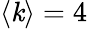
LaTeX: \langle\mathit{k}\rangle=4